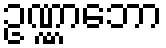
ဥဏ္ဏာဘော